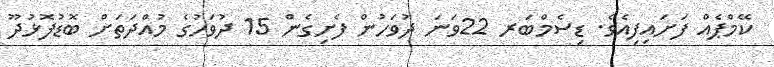
ކޭމްޕެއް ފަށައިފިއެވެ. ޑިސެމްބަރ 22ވަނަ ދުވަހުން ފެށިގެން 15 ދުވަހުގެ މުއްދަތަށް ބޮޑުފޮޅުދޫ